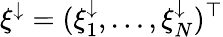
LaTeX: \xi^{\downarrow}=(\xi_{1}^{\downarrow},\dots,\xi_{N}^{\downarrow})^{\top}